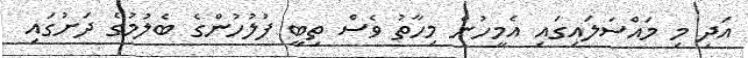
އަދި މި މައްސަލައިގައި އެމީހުން މިހާތު ވެސް ތިބީ ފުލުހުންގެ ބެލުމުގެ ދަށުގައި